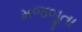
મજબૂતા